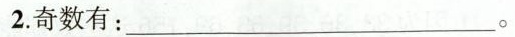
2奇数有：_。